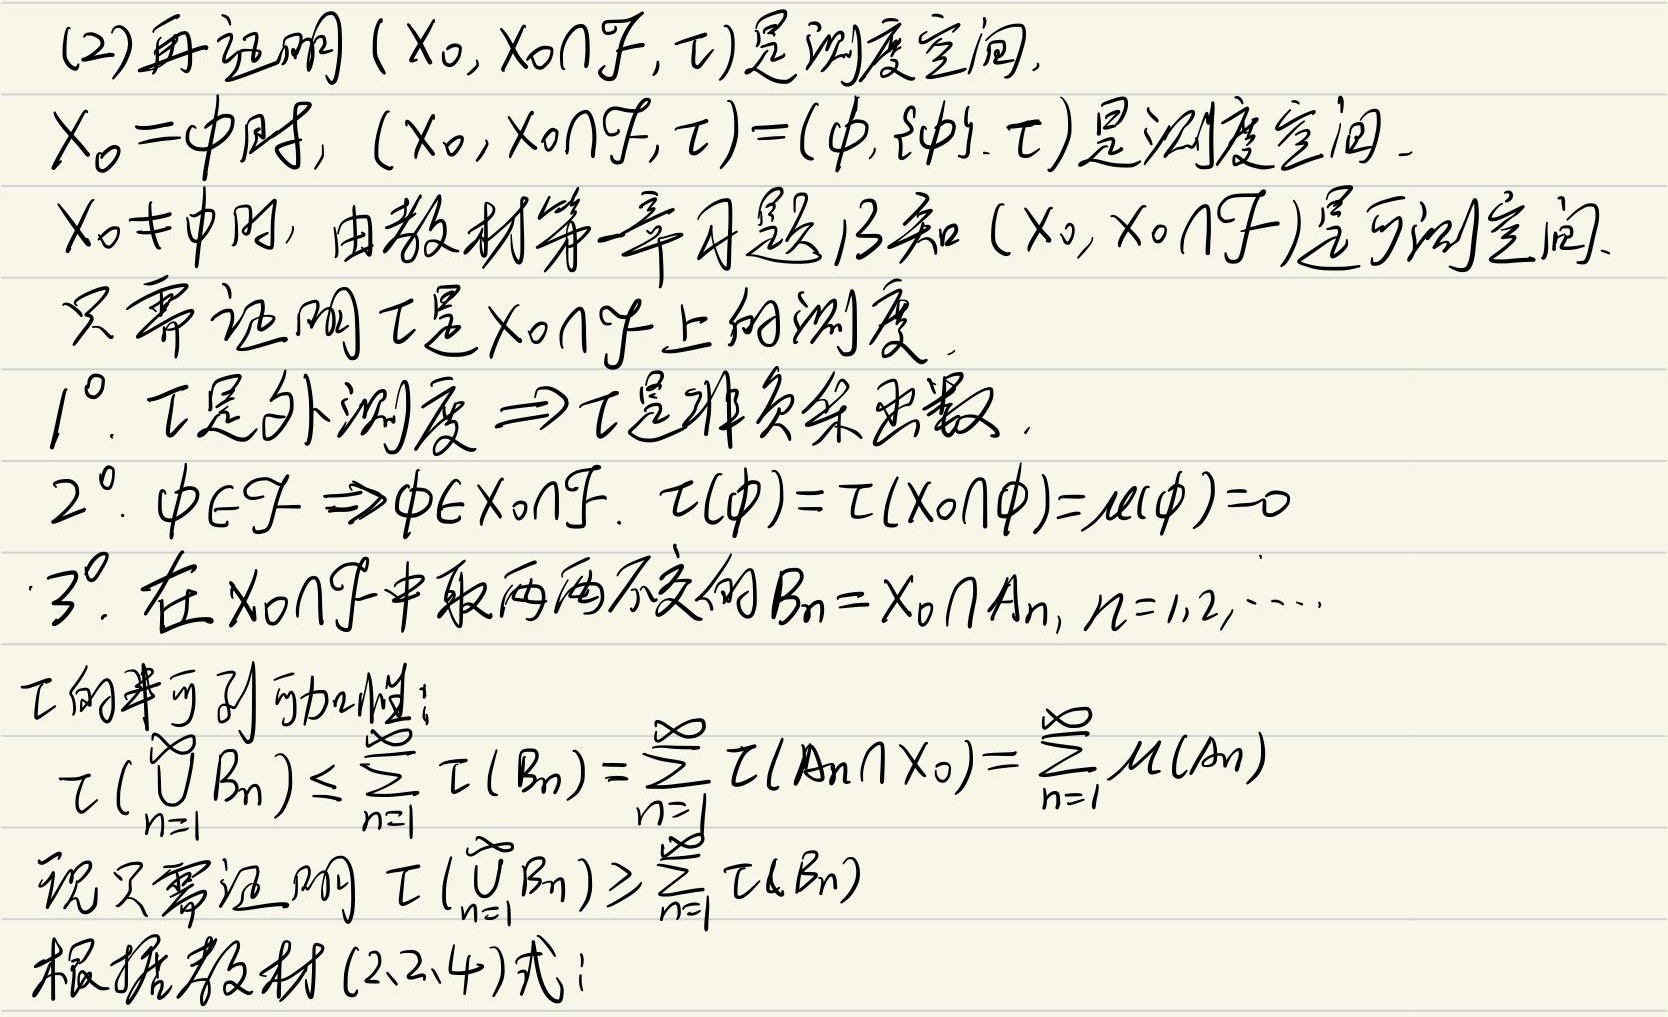
(2) 再证明\((X_0, X_0\cap\mathcal{F}, \tau)\)是测度空间。

当\(X_0 = \varnothing\)时，\((X_0, X_0\cap\mathcal{F}, \tau)=(\varnothing, \{\varnothing\}, \tau)\)是测度空间。

当\(X_0\neq\varnothing\)时，由教材第一章习题13知\((X_0, X_0\cap\mathcal{F})\)是可测空间。只需证明\(\tau\)是\(X_0\cap\mathcal{F}\)上的测度。

\(1^{\circ}\)：\(\tau\)是外测度\(\Rightarrow\tau\)是非负集函数。

\(2^{\circ}\)：\(\varnothing\in\mathcal{F}\Rightarrow\varnothing\in X_0\cap\mathcal{F}\)。\(\tau(\varnothing)=\tau(X_0\cap\varnothing)=\mu(\varnothing)=0\)

\(3^{\circ}\)：在\(X_0\cap\mathcal{F}\)中取两两不交的\(B_n = X_0\cap A_n, n = 1,2,\cdots\)

\(\tau\)的半可列可加性：\(\tau\left(\bigcup_{n = 1}^{\infty}B_n\right)\leq\sum_{n = 1}^{\infty}\tau(B_n)=\sum_{n = 1}^{\infty}\tau(A_n\cap X_0)=\sum_{n = 1}^{\infty}\mu(A_n)\)

现只需证明\(\tau\left(\bigcup_{n = 1}^{\infty}B_n\right)\geq\sum_{n = 1}^{\infty}\tau(B_n)\)

根据教材\((2.2.4)\)式：